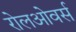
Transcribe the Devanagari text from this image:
रोलओवर्स